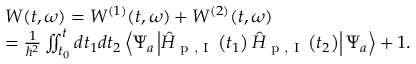
\begin{array} { r l } & { W ( t , \omega ) = W ^ { ( 1 ) } ( t , \omega ) + W ^ { ( 2 ) } ( t , \omega ) } \\ & { = \frac { 1 } { \hbar ^ { 2 } } \iint _ { t _ { 0 } } ^ { t } d t _ { 1 } d t _ { 2 } \left\langle \Psi _ { a } \left| \hat { H } _ { \textrm { p , I } } \left( t _ { 1 } \right) \hat { H } _ { \textrm { p , I } } \left( t _ { 2 } \right) \right| \Psi _ { a } \right\rangle + 1 . } \end{array}